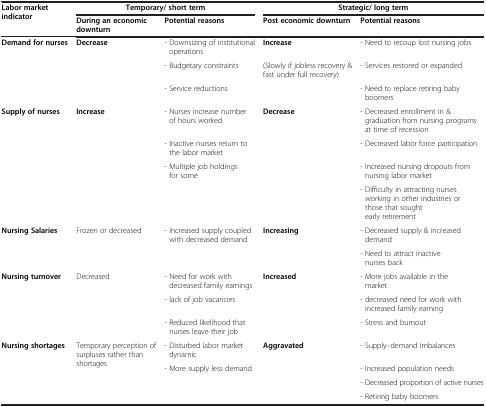
| Labor market indicator | <COLSPAN=2> Temporary/ short term | <COLSPAN=2> Strategic/ long term |
 |  | During an economic downturn | Potential reasons | Post economic downturn | Potential reasons |
 | --- | --- | --- | --- | --- |
 | Demand for nurses | Decrease | - Downsizing of institutional operations | Increase | - Need to recoup lost nursing jobs |
 |  |  | - Budgetary constraints | (Slowly if jobless recovery & fast under full recovery) | - Services restored or expanded |
 |  |  | - Service reductions |  | - Need to replace retiring baby boomers |
 | Supply of nurses | Increase | - Nurses increase number of hours worked | Decrease | - Decreased enrollment in & graduation from nursing programs at time of recession |
 |  |  | - Inactive nurses return to the labor market |  | - Decreased labor force participation |
 |  |  | - Multiple job holdings for some |  | - Increased nursing dropouts from nursing labor market |
 |  |  |  |  | - Difficulty in attracting nurses working in other industries or those that sought early retirement |
 | Nursing Salaries | Frozen or decreased | - Increased supply coupled with decreased demand | Increasing | - Decreased supply & increased demand |
 |  |  |  |  | - Need to attract inactive nurses back |
 | Nursing turnover | Decreased | - Need for work with decreased family earnings | Increased | - More jobs available in the market |
 |  |  | - lack of job vacancies |  | - decreased need for work withincreased family earning |
 |  |  | - Reduced likelihood that nurses leave their job |  | - Stress and burnout |
 | Nursing shortages | Temporary perception of surpluses rather than shortages | - Disturbed labor market dynamic | Aggravated | - Supply–demand imbalances |
 |  |  | - More supply less demand |  | - Increased population needs |
 |  |  |  |  | - Decreased proportion of active nurses |
 |  |  |  |  | - Retiring baby boomers |